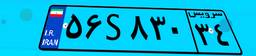
۲۳S۴۳۱۵۴